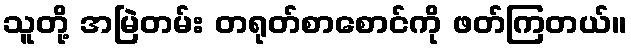
သူတို့ အမြဲတမ်း တရုတ်စာစောင်ကို ဖတ်ကြတယ်။